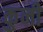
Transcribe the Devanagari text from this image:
कुनी